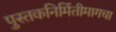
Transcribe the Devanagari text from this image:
पुस्तकनिर्मितीमागचा